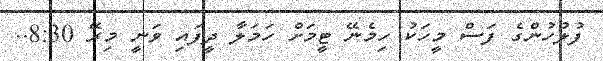
ފުލުހުންގެ ފަސް މީހަކު ހިމެނޭ ޓީމަށް ހަމަލާ ދީފައި ވަނީ މިރޭ 8:30..